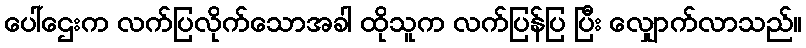
ပေါ်ဌေးက လက်ပြလိုက်သောအခါ ထိုသူက လက်ပြန်ပြ ပြီး လျှောက်လာသည်။